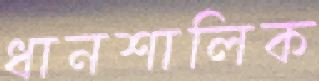
ধানশালিক